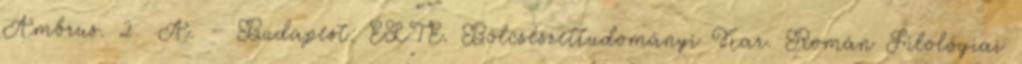
Ambrus. 2 A. – Budapest: ELTE. Bölcsészettudományi Kar. Román Filológiai